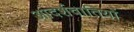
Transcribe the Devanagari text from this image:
आदर्शवातियों